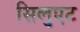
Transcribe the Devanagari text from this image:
सिलुएट